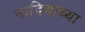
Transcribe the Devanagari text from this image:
नादियाच्या